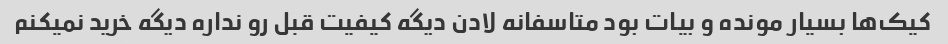
کیک‌ها بسیار مونده و بیات بود متاسفانه لادن دیگه کیفیت قبل رو نداره دیگه خرید نمیکنم